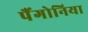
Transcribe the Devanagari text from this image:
पैंगोनिया